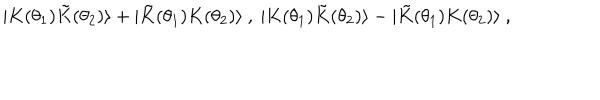
\ | K ( \theta _ { 1 } ) { \tilde { K } } ( \theta _ { 2 } ) \rangle + | { \tilde { K } } ( \theta _ { 1 } ) K ( \theta _ { 2 } ) \rangle \ , \ | K ( \theta _ { 1 } ) { \tilde { K } } ( \theta _ { 2 } ) \rangle - | { \tilde { K } } ( \theta _ { 1 } ) K ( \theta _ { 2 } ) \rangle \ ,